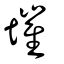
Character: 墔